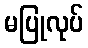
မပြုလုပ်